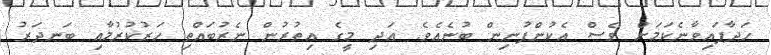
ހަދާފައިވާނެކަމަށް ވެސް އެކުންފުނިން ބުނެއެވެ. އަދި މީގެ އިތުރުން ނެރުބައްތި ހަރުކުރުމާއި ބަނދަރު